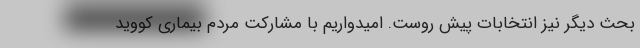
بحث دیگر نیز انتخابات پیش روست. امیدواریم با مشارکت مردم بیماری کووید